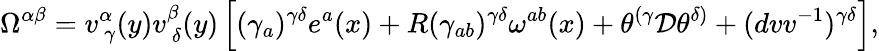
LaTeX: \Omega^{\alpha\beta}=v_{~\gamma}^{\alpha}(y)v_{~\delta}^{\beta}(y)\left[(\gamma_{a})^{\gamma\delta}e^{a}(x)+R(\gamma_{ab})^{\gamma\delta}\omega^{ab}(x)+\theta^{(\gamma}{\cal D}\theta^{\delta)}+(dvv^{-1})^{\gamma\delta}\right],